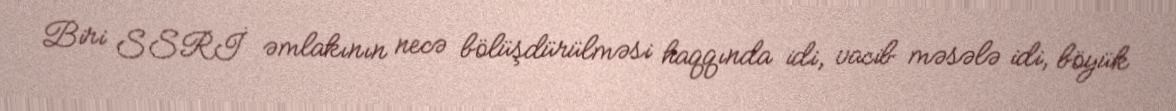
Biri SSRİ əmlakının necə bölüşdürülməsi haqqında idi, vacib məsələ idi, böyük